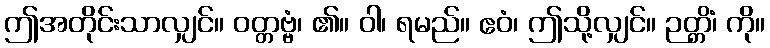
ဤအတိုင်းသာလျှင်။ ဝတ္တဗ္ဗံ၊ ၏။ ဝါ၊ ရမည်။ ဧဝံ၊ ဤသို့လျှင်။ ဉတ္တိံ၊ ကို။